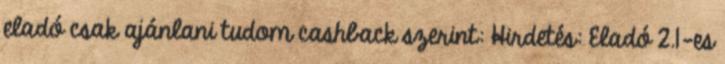
eladó csak ajánlani tudom cashback szerint: Hirdetés: Eladó 2.1-es